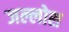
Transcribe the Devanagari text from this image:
जल्लोश